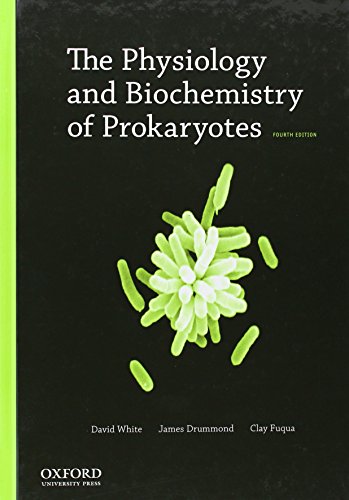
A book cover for The Physiology and Biochemistry of Prokaryotes; David White; Medical Books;